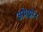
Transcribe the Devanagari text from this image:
अमेझोन